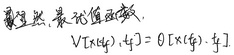
最终，最优值函数 \(V[x(t_f),t_f]=\theta[x(t_f),t_f]\)